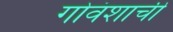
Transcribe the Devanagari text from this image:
गोवंशाची